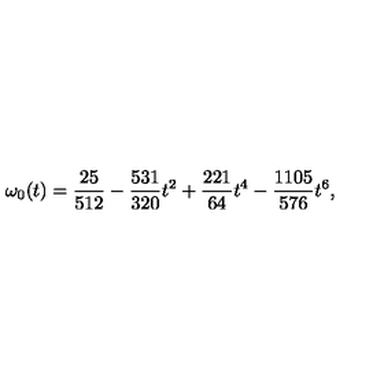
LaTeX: \omega _ { 0 } ( t ) = { \frac { 2 5 } { 5 1 2 } } - { \frac { 5 3 1 } { 3 2 0 } } t ^ { 2 } + { \frac { 2 2 1 } { 6 4 } } t ^ { 4 } - { \frac { 1 1 0 5 } { 5 7 6 } } t ^ { 6 } ,